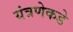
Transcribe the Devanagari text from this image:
यंत्रणेकडे